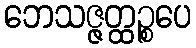
ဘေသဇ္ဇတ္ထဉ္စပေ